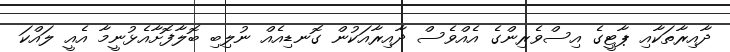
ދާއިރާތަކާއި ޕާޓީގެ އިސްވެރިންގެ އެއްވެސް ދާއިރާއަކުން ގޮނޑިއެއް ނުލިބި ބޮލާފޮށާއެޅުނީމާ އެއީ ލައްކަ